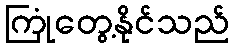
ကြုံတွေ့နိုင်သည်